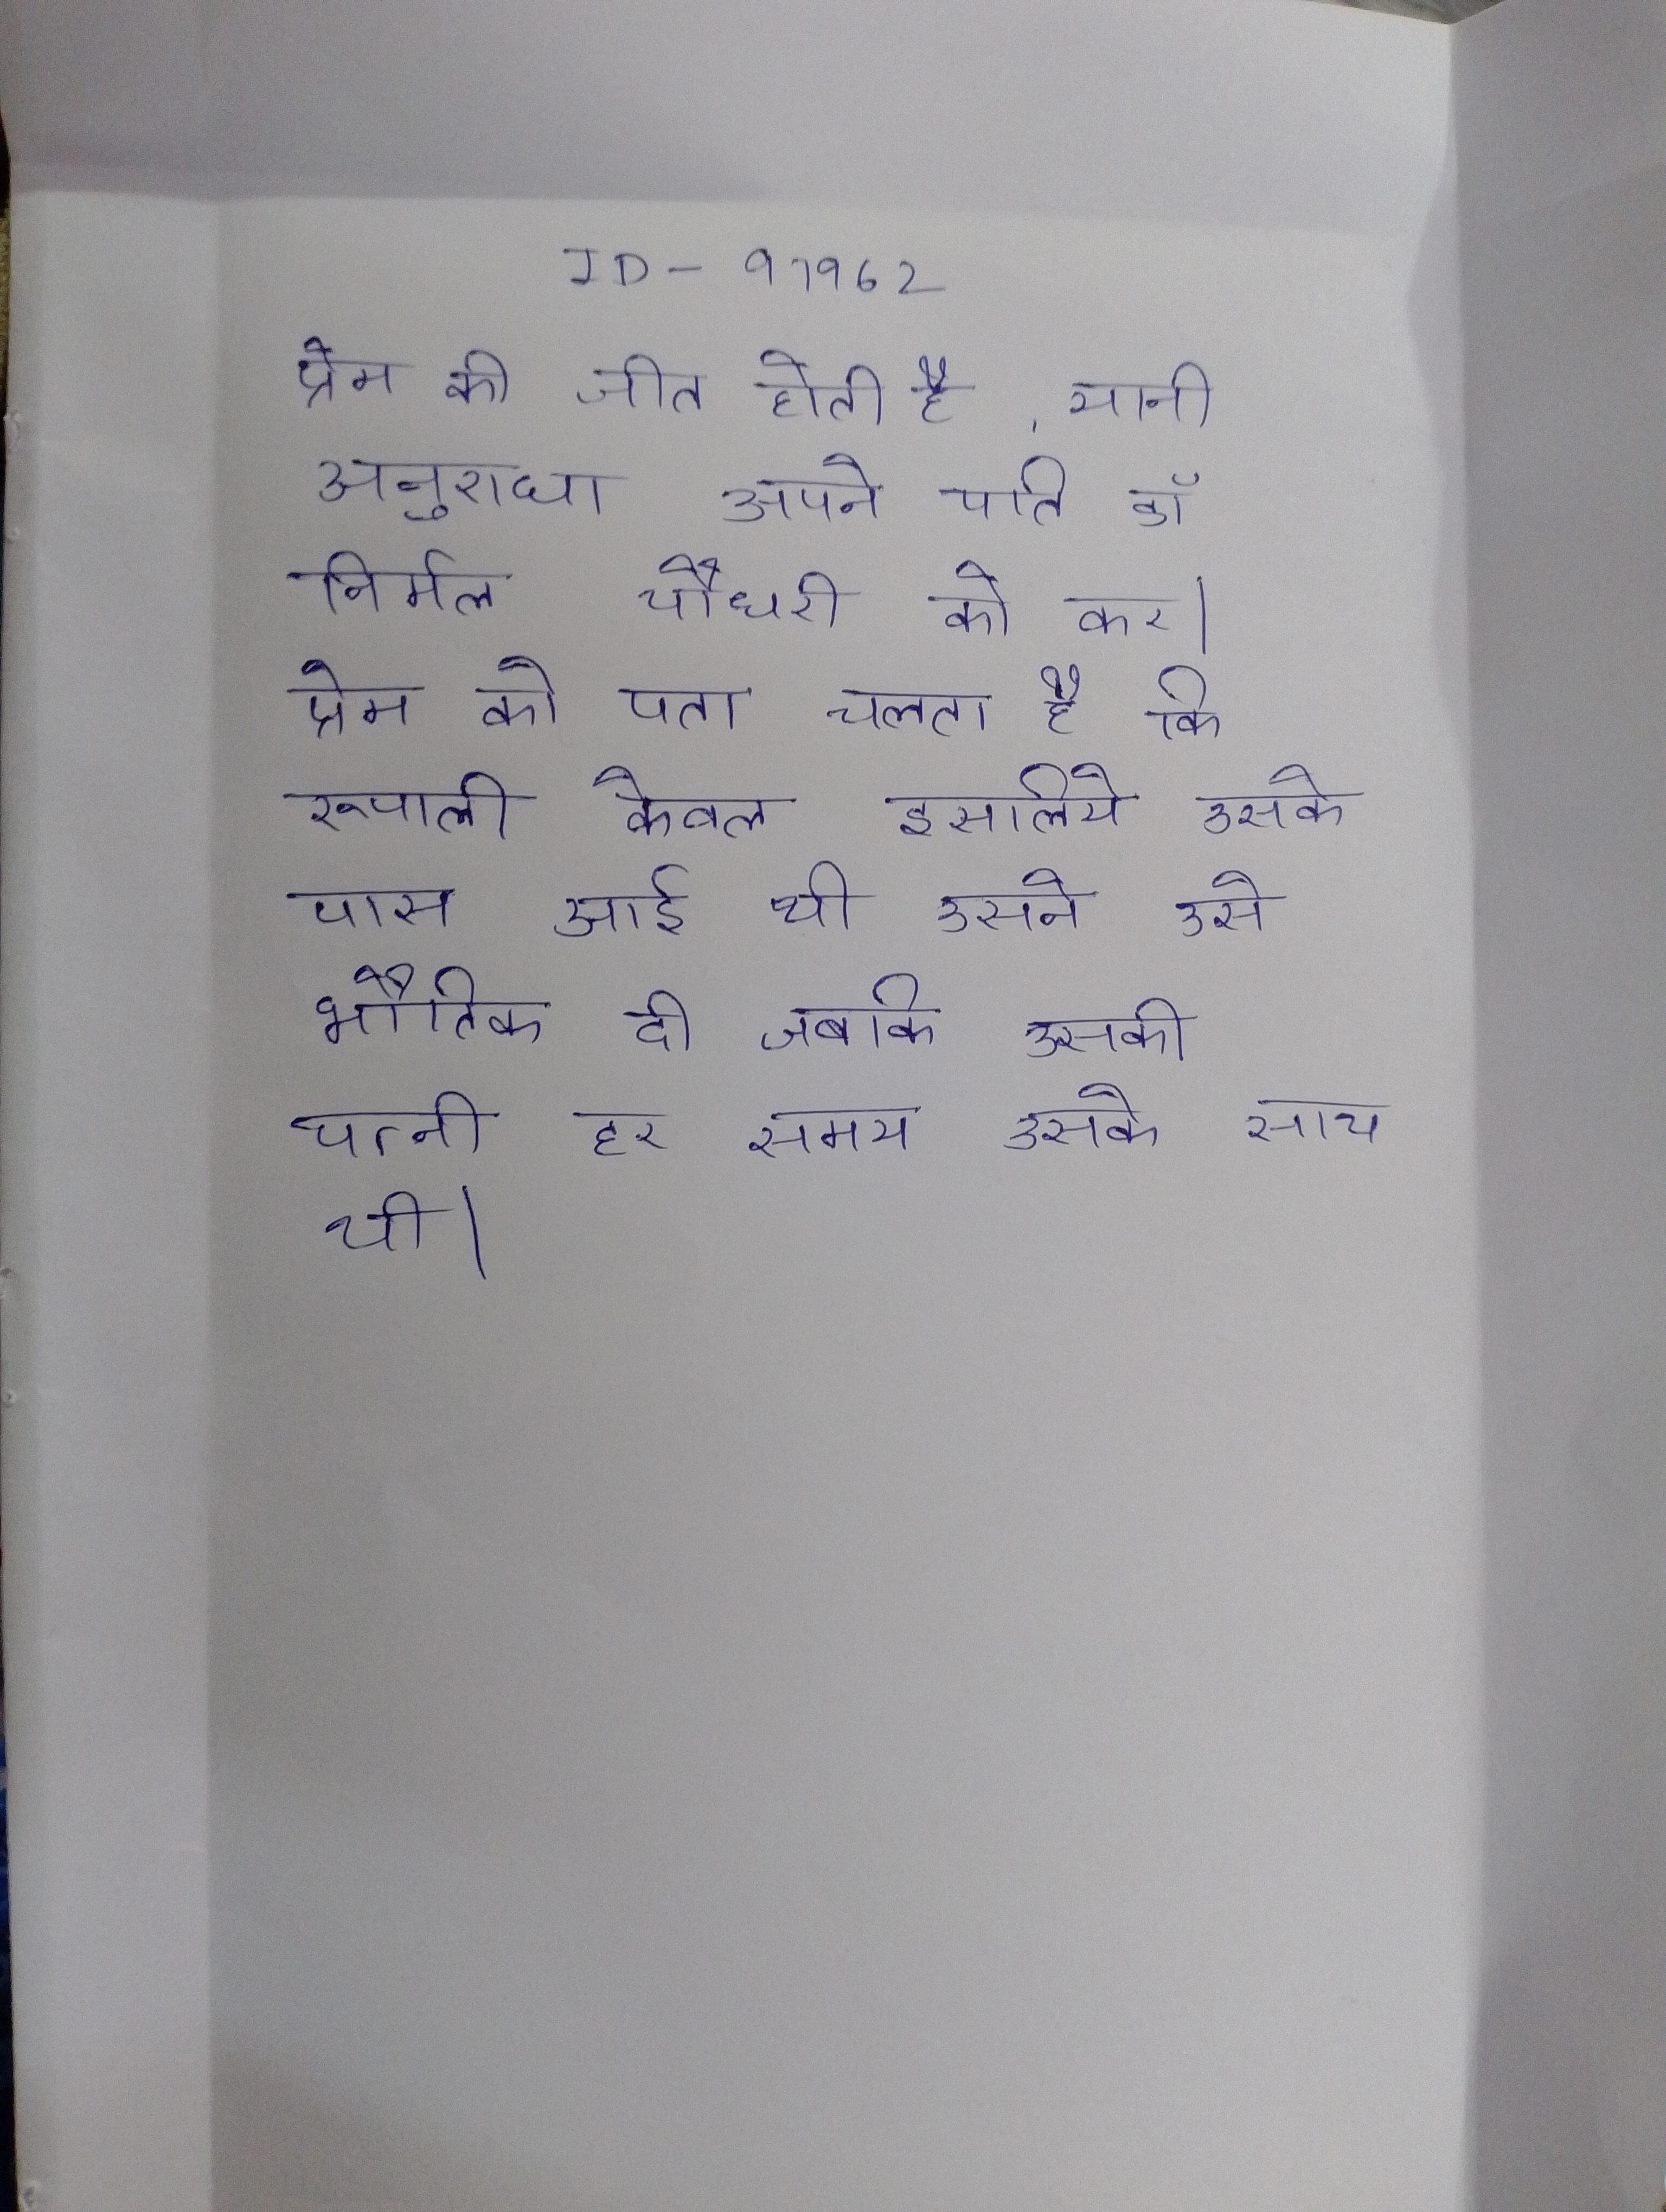
प्रेम की जीत होती है, यानी अनुराधा अपने पति डॉ निर्मल चौधरी को कर । प्रेम को पता चलता है कि रूपाली केवल इसलिये उसके पास आई थी उसने उसे भौतिक दी जबकि उसकी पत्नी हर समय उसके साथ थी ।